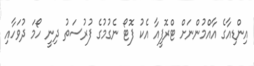
އިންޑިއާގެ އާއްމުންނަށް ޓްރޮފީއާ އެކު ފޮޓޯ ނެގުމުގެ ފުރުސަތު ދިނީ ހޯމަ ދުވަހާއި